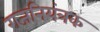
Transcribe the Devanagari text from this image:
राजनियंत्रक